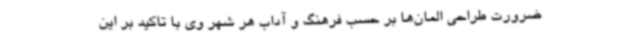
ضرورت طراحی المان‌ها بر حسب فرهنگ و آداب هر شهر وی با تاکید بر این